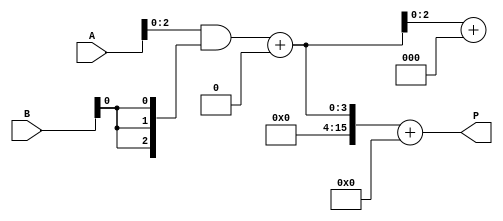
module wallace_tree_multiplier #(parameter N = 8) (
    input [N-1:0] A,
    input [N-1:0] B,
    output [2*N-1:0] P
);

    // Generate partial products
    wire [N-1:0] pp [0:N-1]; // Partial products
    genvar i, j;
    generate
        for (i = 0; i < N; i = i + 1) begin : gen_partial_products
            assign pp[i] = A & {N{B[i]}};
        end
    endgenerate

    // Wallace Tree Reduction
    wire [N-1:0] sum [0:N-1];
    wire [N-1:0] carry [0:N-1];
    wire [N-1:0] sum_next [0:N-1];
    wire [N-1:0] carry_next [0:N-1];

    // Initial stage: direct assignment of partial products
    assign sum[0] = pp[0];
    assign carry[0] = {N{1'b0}}; // Initial carry is zero

    // Wallace Tree Reduction Levels
    genvar level;
    generate
        for (level = 0; level < N-1; level = level + 1) begin : reduction_levels
            for (j = 0; j < (N >> level); j = j + 1) begin : adders
                if (j < (N >> (level + 1))) begin
                    // Use Carry Save Adder for three inputs
                    assign {carry_next[j], sum_next[j]} = sum[level][3*j +: 3] + carry[level][3*j +: 3];
                end
            end
            assign sum[level + 1] = sum_next[0];
            assign carry[level + 1] = carry_next[0];
        end
    endgenerate

    // Final Addition
    wire [2*N-1:0] final_sum;
    wire [2*N-1:0] final_carry;

    assign final_sum = {carry[N-1], sum[N-1]} + {1'b0, carry[N-1]}; // Final addition

    // Output product
    assign P = final_sum;

endmodule